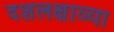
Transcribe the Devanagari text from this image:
दशलक्षाव्या